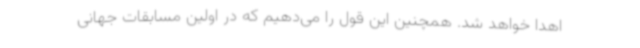
اهدا خواهد شد. همچنین این قول را می‌دهیم که در اولین مسابقات جهانی